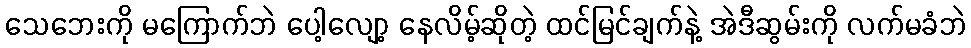
သေဘေးကို မကြောက်ဘဲ ပေါ့လျော့ နေလိမ့်ဆိုတဲ့ ထင်မြင်ချက်နဲ့ အဲဒီဆွမ်းကို လက်မခံဘဲ